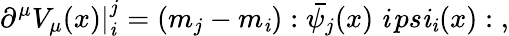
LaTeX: \partial^{\mu}V_{\mu}(x)|_{\mathit{i}}^{j}=(m_{j}-m_{\mathit{i}}):\bar{{\psi_{j}}}(x)\; \mathit{i}\, ps\mathit{i}_{\mathit{i}}(x):\; ,